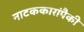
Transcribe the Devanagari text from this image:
नाटककारांपैकी